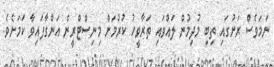
ނަމަވެސް ރަށުގައި ތިބި މުދިމުން ލައްވައި ތަރާވީހު ކުރުމަށް މިނިސްޓްރީން އަންގާފައިވާ ކަމަށެވެ.